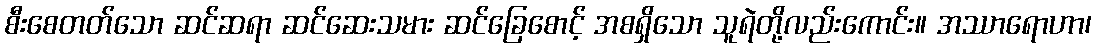
စီးစေတတ်သော ဆင်ဆရာ ဆင်ဆေးသမား ဆင်ခြေစောင့် အစရှိသော သူရဲတို့လည်းကောင်း။ အဿာရောဟာ၊